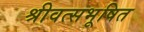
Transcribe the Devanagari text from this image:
श्रीवत्सभूषित